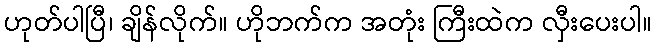
ဟုတ်ပါပြီ၊ ချိန်လိုက်။ ဟိုဘက်က အတုံး ကြီးထဲက လှီးပေးပါ။